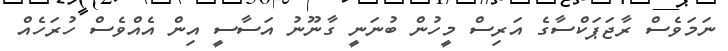
ނަމަވެސް ރާޖަޕަކްސާގެ އަރިސް މީހުން ބުނަނީ ގާނޫނު އަސާސީ އިން އެއްވެސް ހުރަހެއް